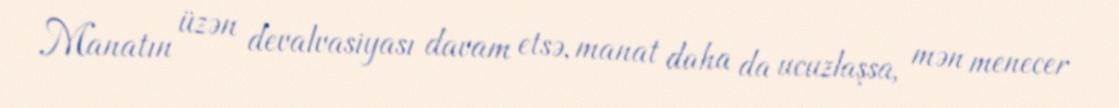
Manatın üzən devalvasiyası davam etsə, manat daha da ucuzlaşsa, mən menecer